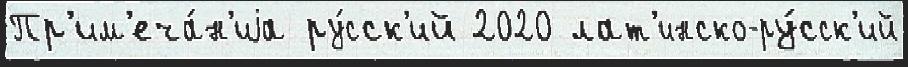
Пр'им'еча́н'иjа ру́сск'ий 2020 лат'инско-ру́сск'ий